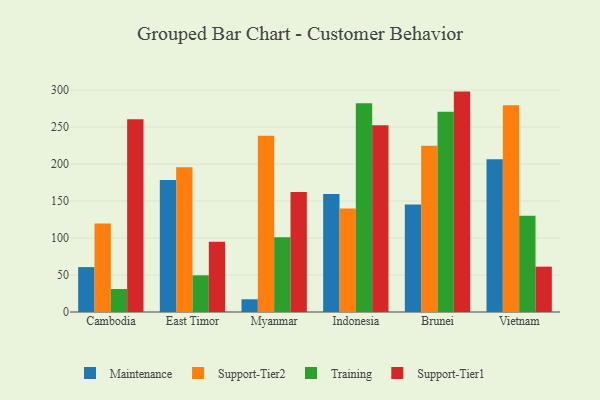
{"axis": {"x": "Country", "y": "Population (Million)"}, "legend": ["Maintenance", "Support-Tier1", "Support-Tier2", "Training"], "data": [{"x": "Cambodia", "y": 60.7, "type": "Maintenance"}, {"x": "Cambodia", "y": 119.7, "type": "Support-Tier2"}, {"x": "Cambodia", "y": 31.1, "type": "Training"}, {"x": "Cambodia", "y": 260.7, "type": "Support-Tier1"}, {"x": "East Timor", "y": 178.4, "type": "Maintenance"}, {"x": "East Timor", "y": 195.7, "type": "Support-Tier2"}, {"x": "East Timor", "y": 49.6, "type": "Training"}, {"x": "East Timor", "y": 95.1, "type": "Support-Tier1"}, {"x": "Myanmar", "y": 17.2, "type": "Maintenance"}, {"x": "Myanmar", "y": 238.3, "type": "Support-Tier2"}, {"x": "Myanmar", "y": 100.9, "type": "Training"}, {"x": "Myanmar", "y": 162.4, "type": "Support-Tier1"}, {"x": "Indonesia", "y": 159.4, "type": "Maintenance"}, {"x": "Indonesia", "y": 139.8, "type": "Support-Tier2"}, {"x": "Indonesia", "y": 282.3, "type": "Training"}, {"x": "Indonesia", "y": 252.4, "type": "Support-Tier1"}, {"x": "Brunei", "y": 145.4, "type": "Maintenance"}, {"x": "Brunei", "y": 224.7, "type": "Support-Tier2"}, {"x": "Brunei", "y": 270.6, "type": "Training"}, {"x": "Brunei", "y": 298.0, "type": "Support-Tier1"}, {"x": "Vietnam", "y": 206.5, "type": "Maintenance"}, {"x": "Vietnam", "y": 279.6, "type": "Support-Tier2"}, {"x": "Vietnam", "y": 130.3, "type": "Training"}, {"x": "Vietnam", "y": 61.3, "type": "Support-Tier1"}]}